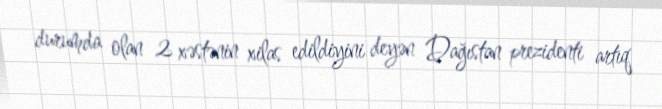
durumda olan 2 xəstənin xilas edildiyini deyən Dağıstan prezidenti artıq